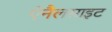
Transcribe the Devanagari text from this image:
ऐनैलसाइट